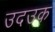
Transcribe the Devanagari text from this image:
उदउक